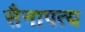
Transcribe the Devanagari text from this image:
सैनापत्य